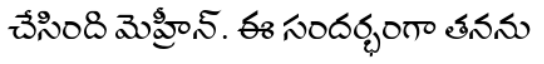
చేసింది మెహ్రీన్. ఈ సందర్భంగా తనను